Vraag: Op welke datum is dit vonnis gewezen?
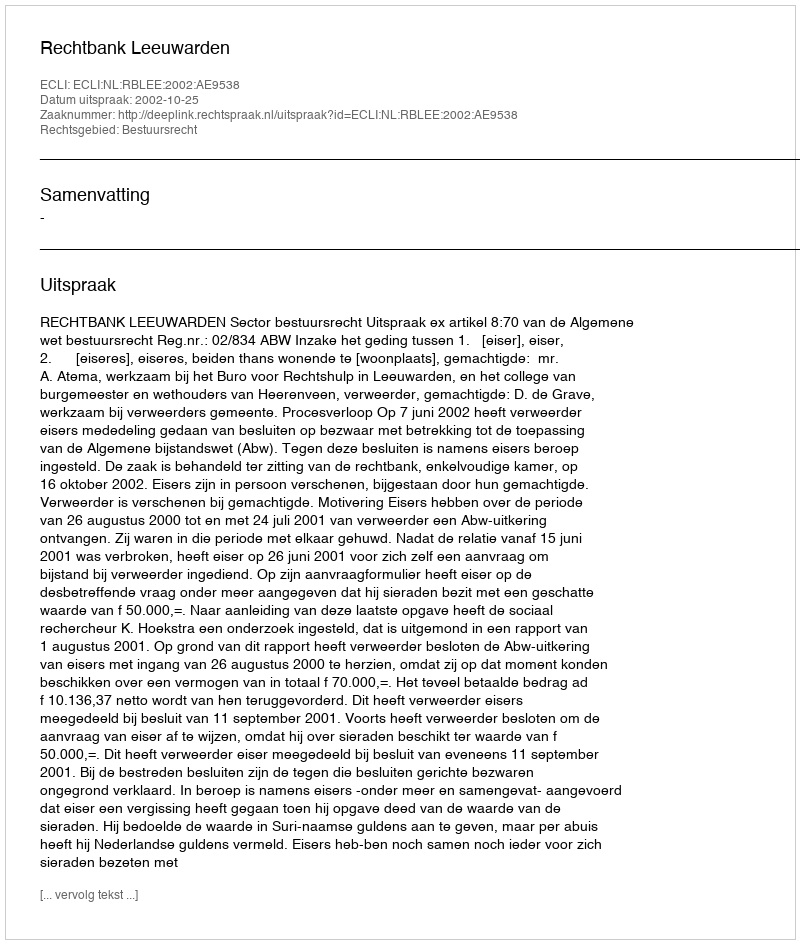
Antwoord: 2002-10-25